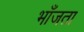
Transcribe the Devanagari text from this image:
भाँजता